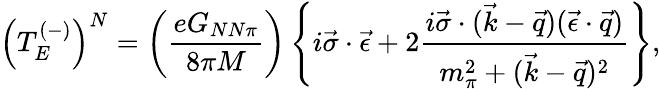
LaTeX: \left(T_{E}^{(-)}\right)^{N}=\left({\frac{eG_{NN\pi}}{8\pi M}}\right)\left\{ i\vec{\sigma}\cdot\vec{\epsilon}+2{\frac{i\vec{\sigma}\cdot(\vec{k}-\vec{q})(\vec{\epsilon}\cdot\vec{q})}{m_{\pi}^{2}+(\vec{k}-\vec{q})^{2}}}\right\} ,